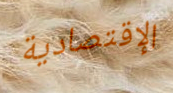
الإقتصادية